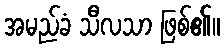
အမည်ခံ သီလသာ ဖြစ်၏။